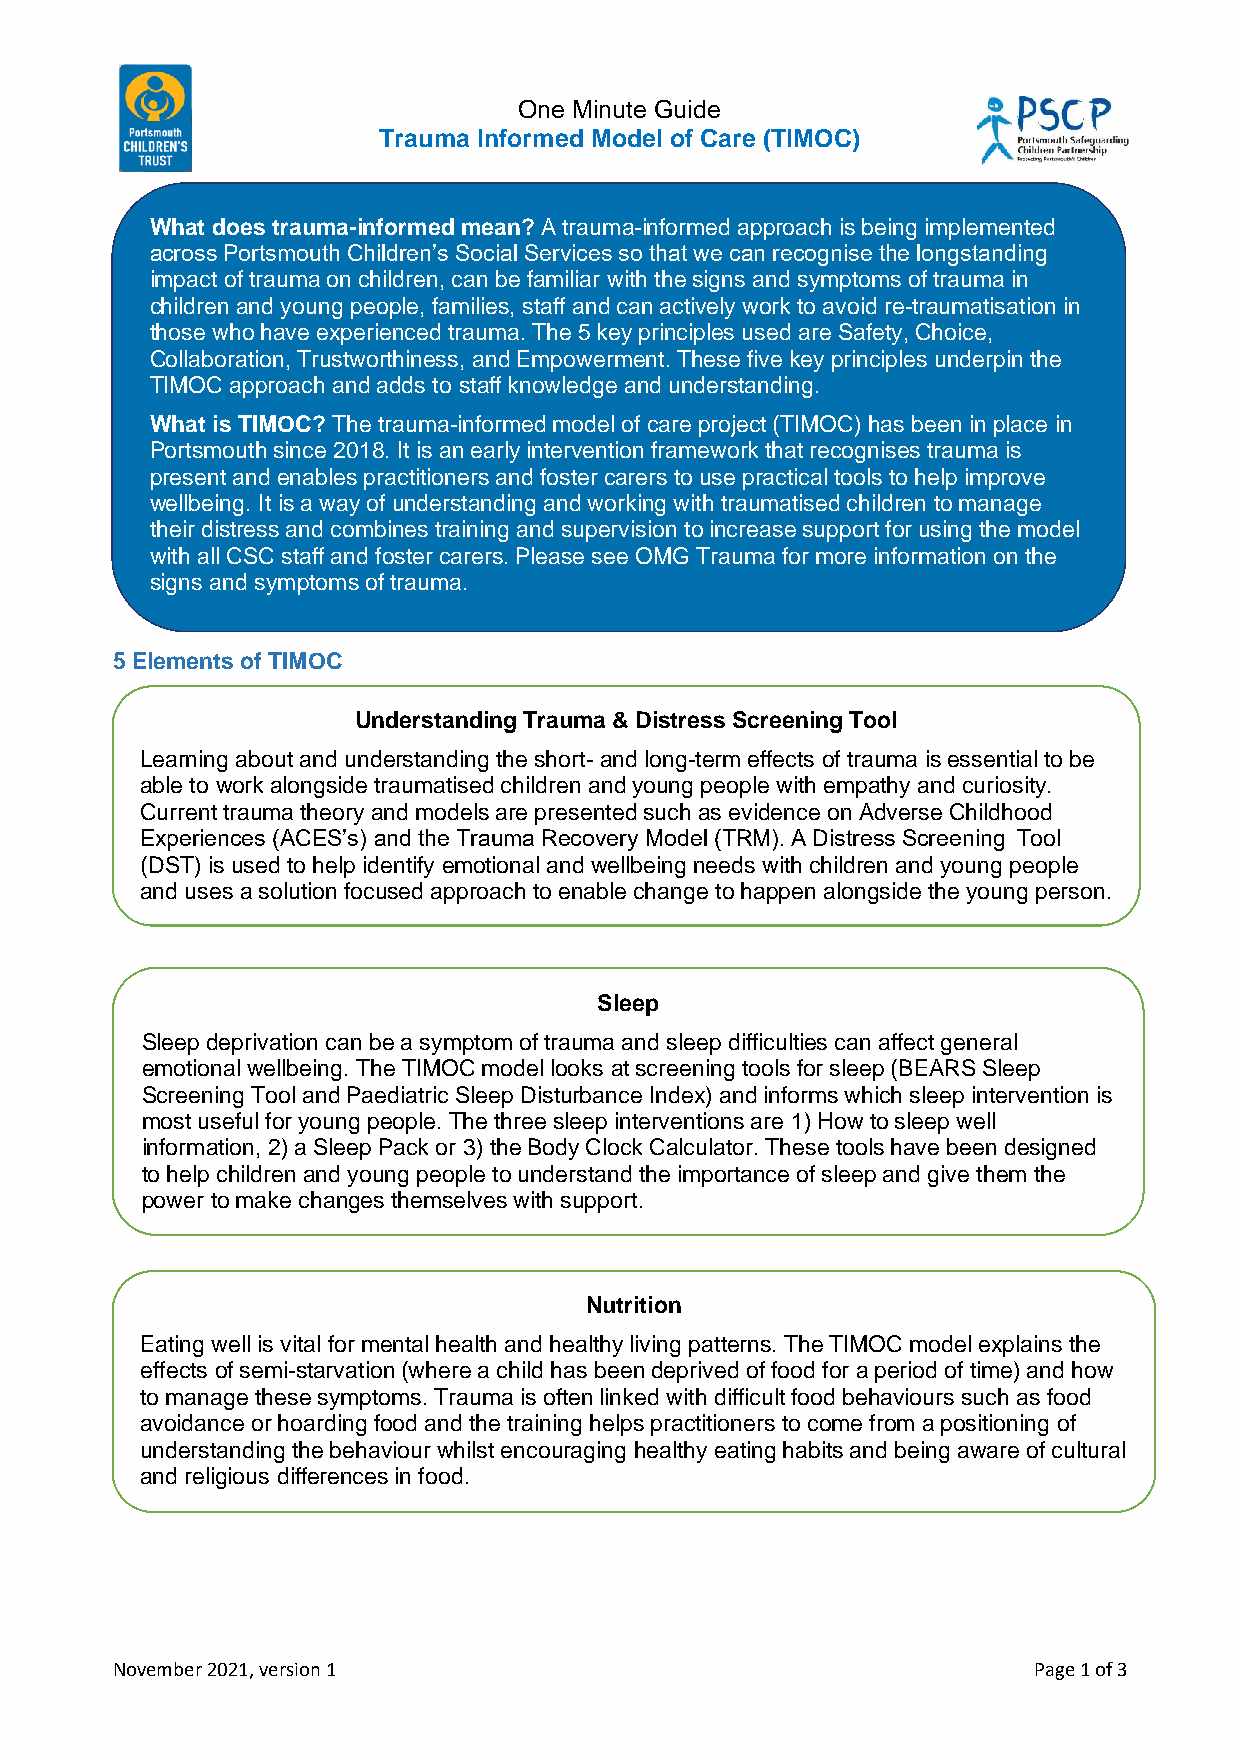
One Minute Guide
 Trauma Informed Model of Care (TIMOC)
 What does trauma-informed mean? A trauma-informed approach is being implemented
 across Portsmouth Children’s Social Services so that we can recognise the longstanding
 impact of trauma on children, can be familiar with the signs and symptoms of trauma in
 children and young people, families, staff and can actively work to avoid re-traumatisation in
 those who have experienced trauma. The 5 key principles used are Safety, Choice,
 Collaboration, Trustworthiness, and Empowerment. These five key principles underpin the
 TIMOC approach and adds to staff knowledge and understanding.
 What is TIMOC? The trauma-informed model of care project (TIMOC) has been in place in
 Portsmouth since 2018. It is an early intervention framework that recognises trauma is
 present and enables practitioners and foster carers to use practical tools to help improve
 wellbeing. It is a way of understanding and working with traumatised children to manage
 their distress and combines training and supervision to increase support for using the model
 with all CSC staff and foster carers. Please see OMG Trauma for more information on the
 signs and symptoms of trauma.
 5 Elements of TIMOC
 Understanding Trauma & Distress Screening Tool
 Learning about and understanding the short- and long-term effects of trauma is essential to be
 able to work alongside traumatised children and young people with empathy and curiosity.
 Current trauma theory and models are presented such as evidence on Adverse Childhood
 Experiences (ACES’s) and the Trauma Recovery Model (TRM). A Distress Screening Tool
 (DST) is used to help identify emotional and wellbeing needs with children and young people
 and uses a solution focused approach to enable change to happen alongside the young person.
 Sleep
 Sleep deprivation can be a symptom of trauma and sleep difficulties can affect general
 emotional wellbeing. The TIMOC model looks at screening tools for sleep (BEARS Sleep
 Screening Tool and Paediatric Sleep Disturbance Index) and informs which sleep intervention is
 most useful for young people. The three sleep interventions are 1) How to sleep well
 information, 2) a Sleep Pack or 3) the Body Clock Calculator. These tools have been designed
 to help children and young people to understand the importance of sleep and give them the
 power to make changes themselves with support.
 Nutrition
 Eating well is vital for mental health and healthy living patterns. The TIMOC model explains the
 effects of semi-starvation (where a child has been deprived of food for a period of time) and how
 to manage these symptoms. Trauma is often linked with difficult food behaviours such as food
 avoidance or hoarding food and the training helps practitioners to come from a positioning of
 understanding the behaviour whilst encouraging healthy eating habits and being aware of cultural
 and religious differences in food.
 November 2021, version 1                                     Page 1 of 3